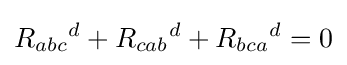
R_{abc}{}^{d}+R_{cab}{}^{d}+R_{bca}{}^{d}=0